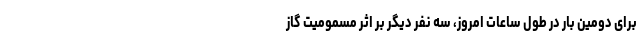
برای دومین بار در طول ساعات امروز، سه نفر دیگر بر اثر مسمومیت گاز